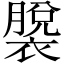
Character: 𫌎